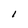
Character: I